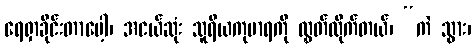
ရေရှာခိုင်းတာပေါ့၊ အငယ်ဆုံး သူရိယကုမာရကို လွှတ်လိုက်တယ်၊ “ကဲ သွား၊